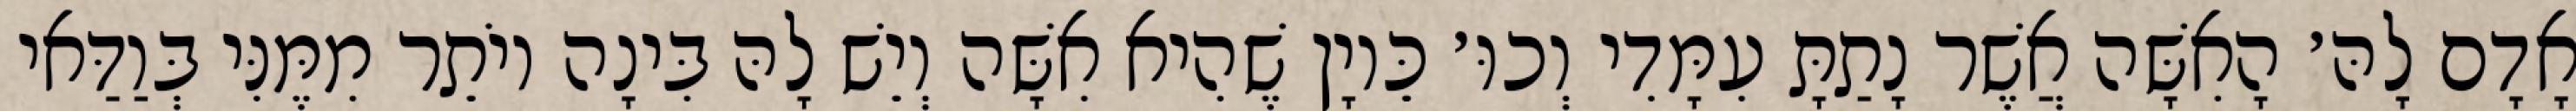
אָדָם לָהּ׳ הָאִשָּׁה אֲשֶׁר נָתַתָּ עִמָּדִי וְכוּ׳ כֵּיוָן שֶׁהִיא אִשָּׁה וְיֵשׁ לָהּ בִּינָה יוֹתֵר מִמֶּנִּי בְּוַדַּאי